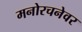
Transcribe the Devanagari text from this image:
मनोरचनेवर